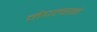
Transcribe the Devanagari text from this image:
नेपल्सने